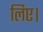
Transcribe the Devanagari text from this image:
लिए।